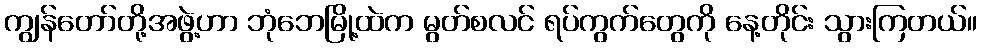
ကျွန်တော်တို့အဖွဲ့ဟာ ဘုံဘေမြို့ထဲက မွတ်စလင် ရပ်ကွက်တွေကို နေ့တိုင်း သွားကြတယ်။